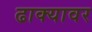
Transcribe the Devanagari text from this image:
ढाक्यावर